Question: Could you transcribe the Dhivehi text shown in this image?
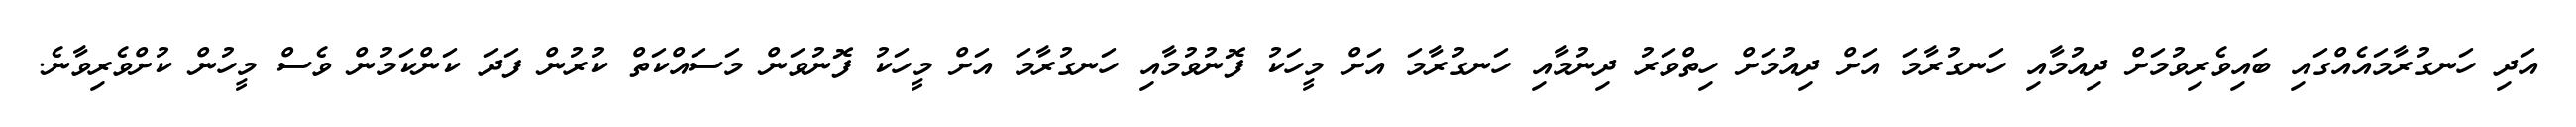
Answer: އަދި ހަނގުރާމައެއްގައި ބައިވެރިވުމަށް ދިއުމާއި ހަނގުރާމަ އަށް ދިއުމަށް ހިތްވަރު ދިނުމާއި ހަނގުރާމަ އަށް މީހަކު ފޮނުވުމާއި ހަނގުރާމަ އަށް މީހަކު ފޮނުވަން މަސައްކަތް ކުރުން ފަދަ ކަންކަމުން ވެސް މީހުން ކުށްވެރިވާނެ.